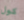
كول